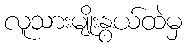
လူသားမျိုးနွယ်ထဲမှ